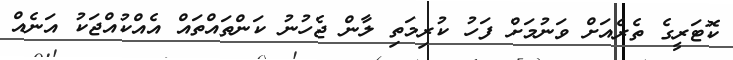
ކޮޓަރީގެ ތެރެއަށް ވަނުމަށް ފަހު ކުރިމަތި ލާން ޖެހުނު ކަންތައްތައް އެއްކުއްޖަކު އަނެއް